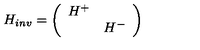
H _ { i n v } = \left( \begin{array} { c c } { H ^ { + } } & { \mathrm { } } \\ { \mathrm { } } & { H ^ { - } } \\ \end{array} \right)